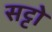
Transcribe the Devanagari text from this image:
सट्टो